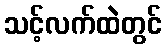
သင့်လက်ထဲတွင်